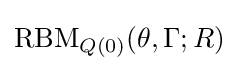
\operatorname {RBM} _{Q(0)}(\theta ,\Gamma ;R)